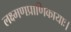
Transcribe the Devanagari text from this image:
लक्ष्मणप्राणिकायाः।